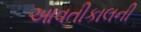
આવતીકાલની